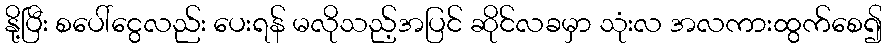
နို့ပြီး စပေါ်ငွေလည်း ပေးရန် မလိုသည့်အပြင် ဆိုင်လခမှာ သုံးလ အလကားထွက်စေ၍